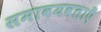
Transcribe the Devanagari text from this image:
समावयवताएँ